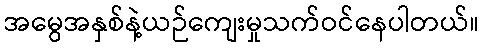
အမွေအနှစ်နဲ့ယဉ်ကျေးမှုသက်ဝင်နေပါတယ်။